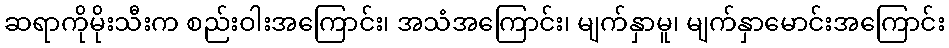
ဆရာကိုမိုးသီးက စည်းဝါးအကြောင်း၊ အသံအကြောင်း၊ မျက်နှာမူ၊ မျက်နှာမောင်းအကြောင်း